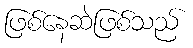
ဖြစ်နေဆဲဖြစ်သည်